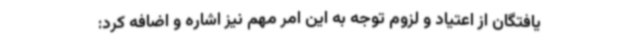
یافتگان از اعتیاد و لزوم توجه به این امر مهم نیز اشاره و اضافه کرد: